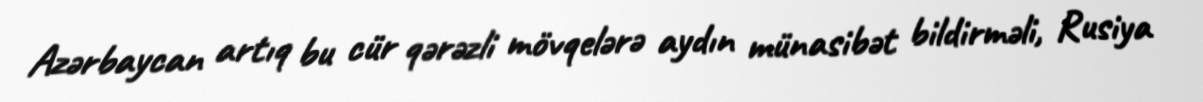
Azərbaycan artıq bu cür qərəzli mövqelərə aydın münasibət bildirməli, Rusiya